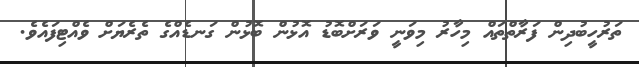
ތަރުހީބުދިން ފަރާތްތައް މިހާރު މިވަނީ ވަރަށްބޮޑު އޮޅުން ބޮޅުން ގަނޑެއްގެ ތެރެޔަށް ވެއްޓިފައެވެ.